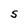
Character: S